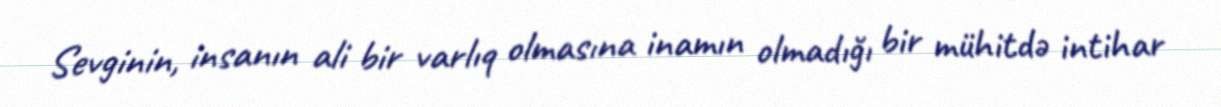
Sevginin, insanın ali bir varlıq olmasına inamın olmadığı bir mühitdə intihar